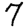
Digit: 7